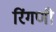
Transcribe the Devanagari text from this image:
रिंगणी